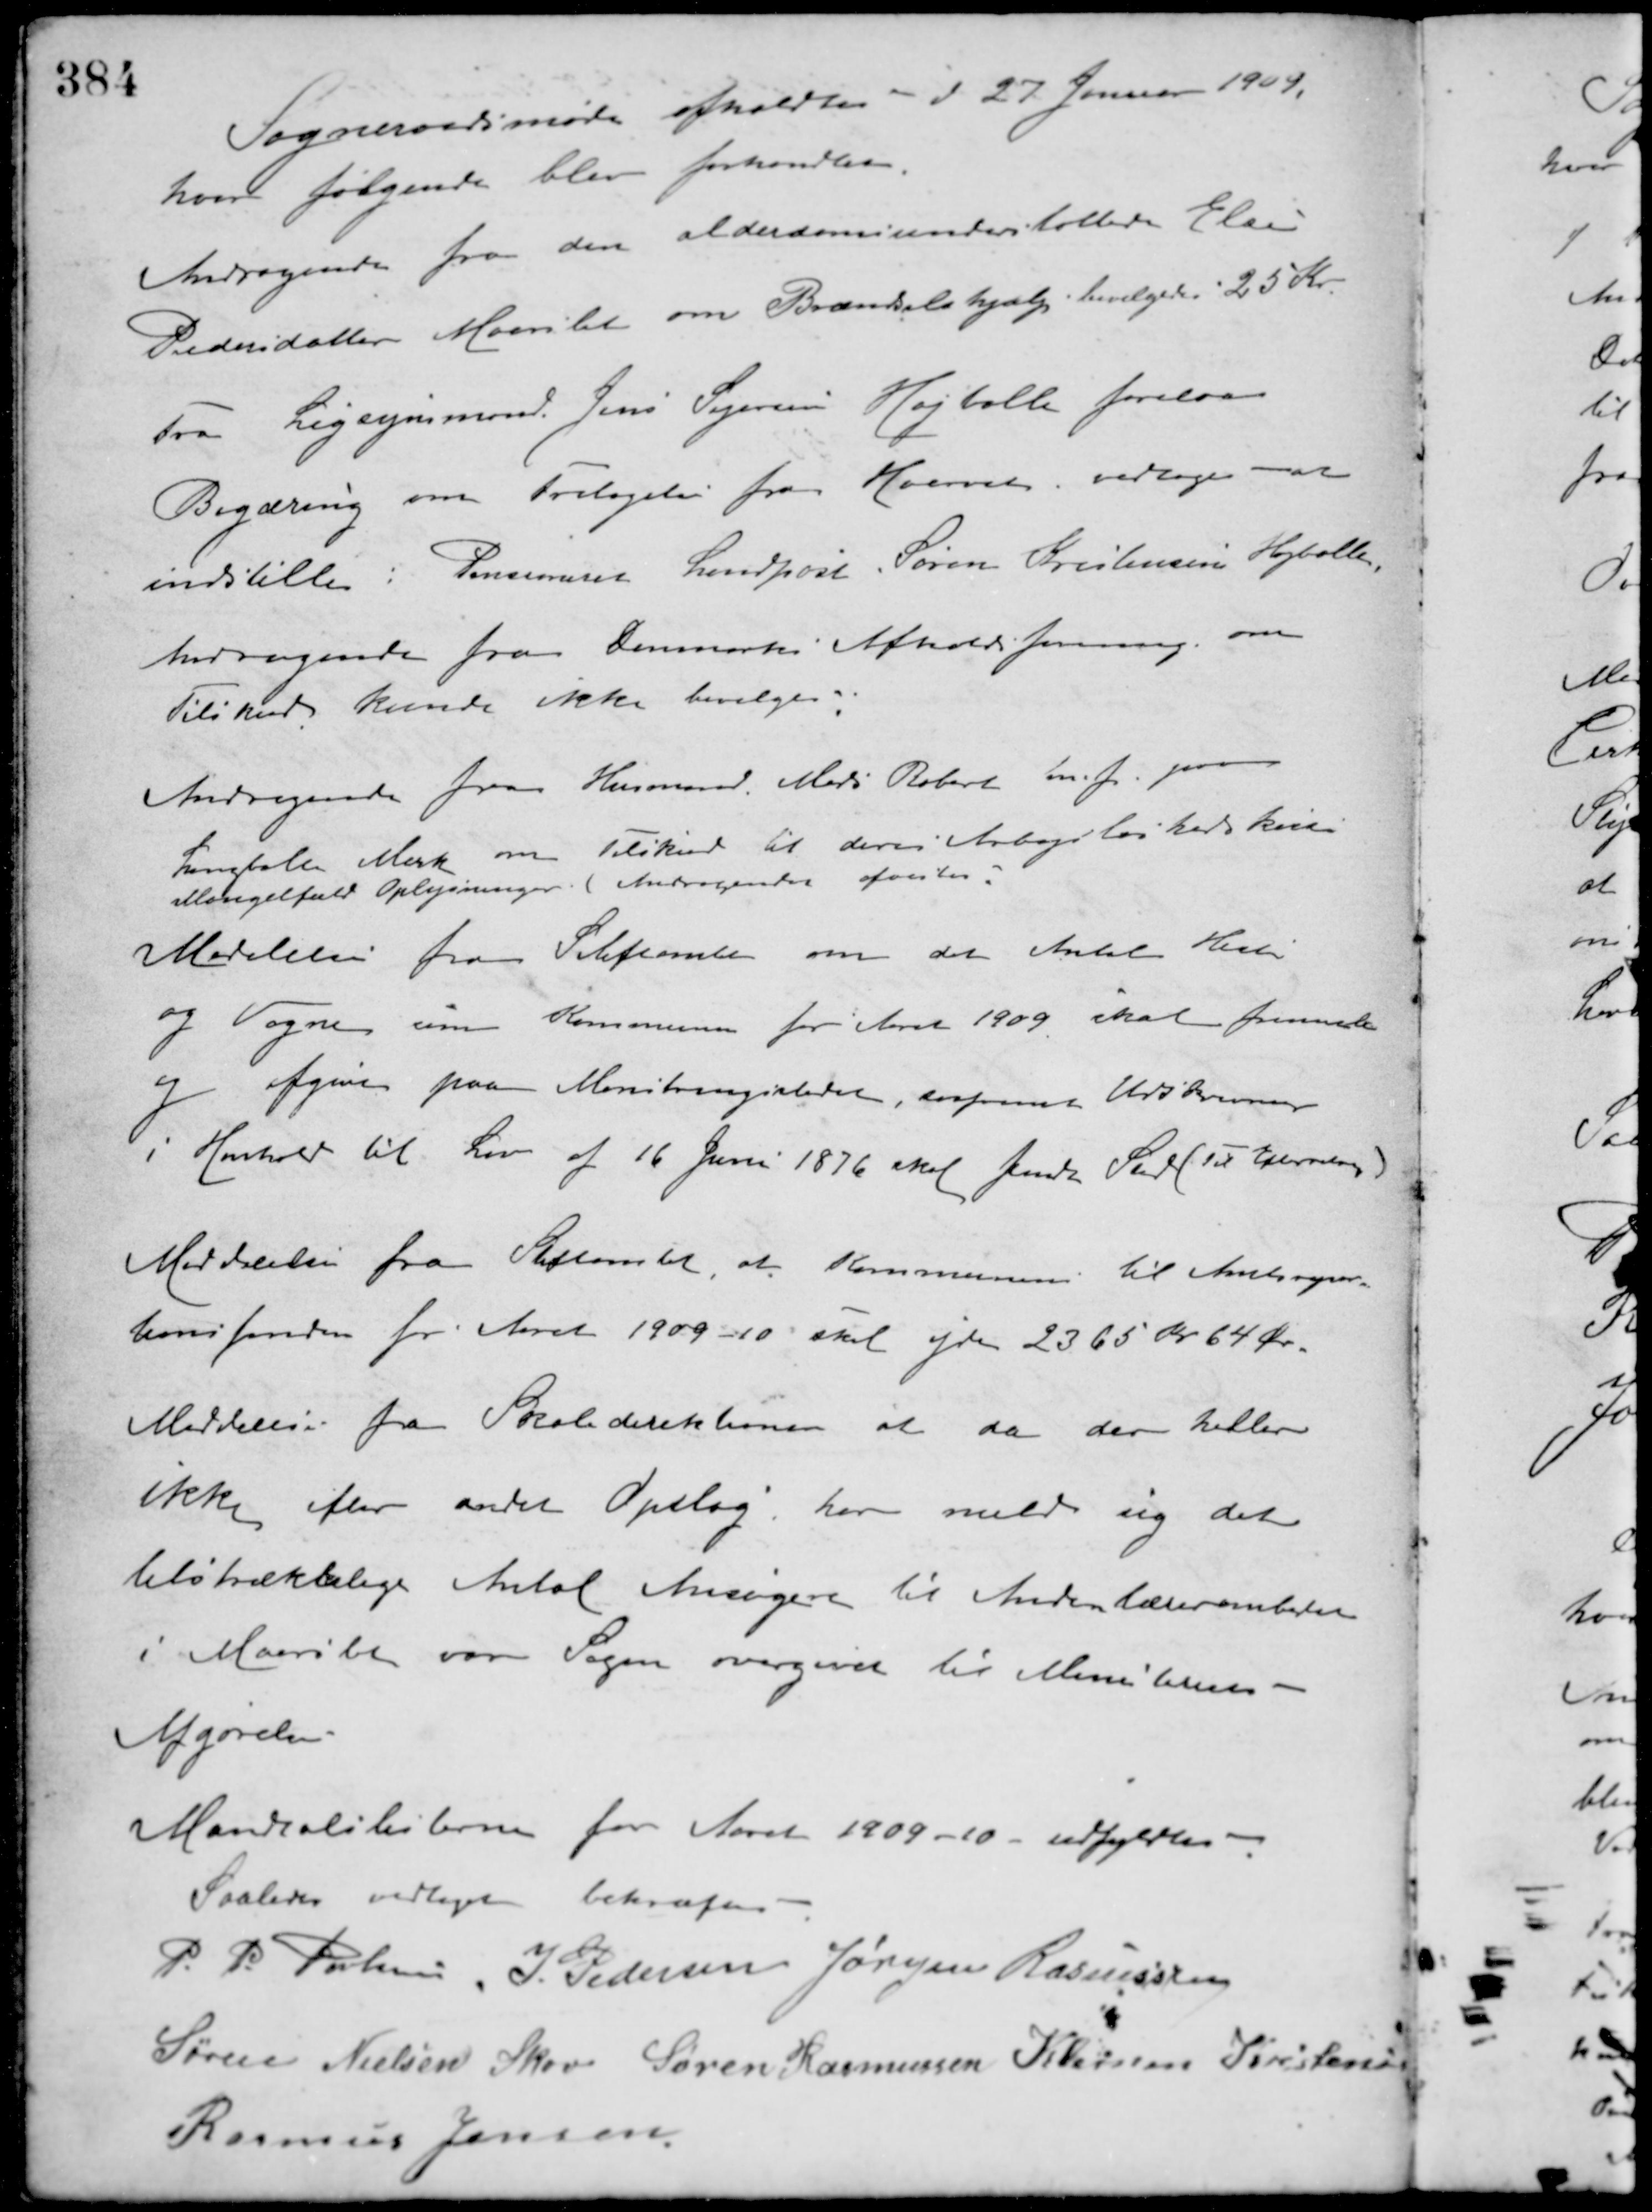
Transskription:
Sogneraadsmøde afholdtes d. 27 Januar 1909.
hvor følgende blev forhandlet.
Andragende fra den alderdomsunderstøttede Elin
Pedersdatter Maarslet om Brændselshjælp bevilgedes 25 Kr.
Fra Ligsynsmand Jens Sejersen Højballe forelaa
Begæring om Fritagelse fra Hvervet, vedtoges at
indstille: Pensioneret Landpost Søren Kristensen Højballe.
Andragende fra Danmarks Afholdsforening om
Tilskud kunde ikke bevilges.
Andragende fra Husmand Mads Robert m. f. paa
Langballe Mark om Tilskud til deres Arbejdsløshedskasse
Mangelfuld Oplysninger. (Andragendet afvistes.
Meddelelse fra Stiftamtet om det Antal Heste
og Vogne som Kommunen for Aaret 1909 skal fremmøde
og afgive paa Mønstringsstedet, saafremt Udskrivning
i Henhold til Lov af 16 Juni 1876 skal finde Sted (Til Efterretning)
Meddelelse fra Stiftamtet, at Kommunen til Amtsrepar-
tionsfonden for Aaret 1909-10 skal yde 2365 Kr. 64 Øre.
Meddelelse fra Skoledirektionen at da der heller
ikke efter andet Opslag har meldt sig det
tilstrækkelige Antal Ansøgere til Andenlærerembedet
i Maarslet var Sagen overgivet til Ministerens
Afgørelse.
Mandtalslisterne for Aaret 1909 - 10 - udfyldtes.
Saaledes vedtaget bekræftes
P. P. Poulsen J. Pedersen Jørgen Rasmussen
Søren Nielsen Skov Søren Rasmussen Klemen Kristensen
Rasmus Jensen